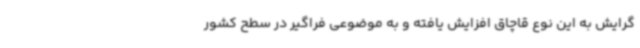
گرایش به این نوع قاچاق افزایش یافته و به موضوعی فراگیر در سطح کشور